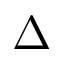
\Delta